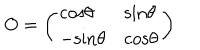
O = \left( \begin{array} { l l } { { \mathrm { c o s } \theta } } & { { \mathrm { s i n } \theta } } \\ { { - \mathrm { s i n } \theta } } & { { \mathrm { c o s } \theta } } \\ \end{array} \right)